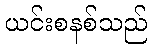
ယင်းစနစ်သည်